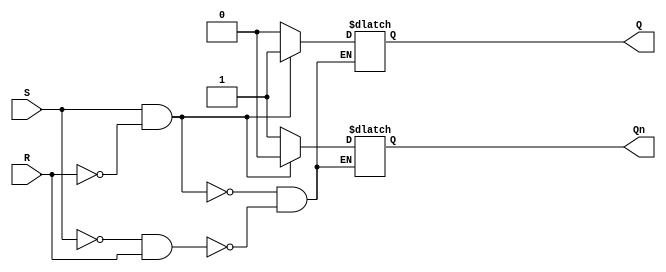
module Basic_SR_FlipFlop (
    input wire S, // Set input
    input wire R, // Reset input
    output reg Q, // Output
    output reg Qn // Inverted output
);

always @(S, R) begin
    if (S && !R) begin
        Q <= 1'b1; // Set the flip-flop
        Qn <= 1'b0;
    end else if (!S && R) begin
        Q <= 1'b0; // Reset the flip-flop
        Qn <= 1'b1;
    end
end

endmodule